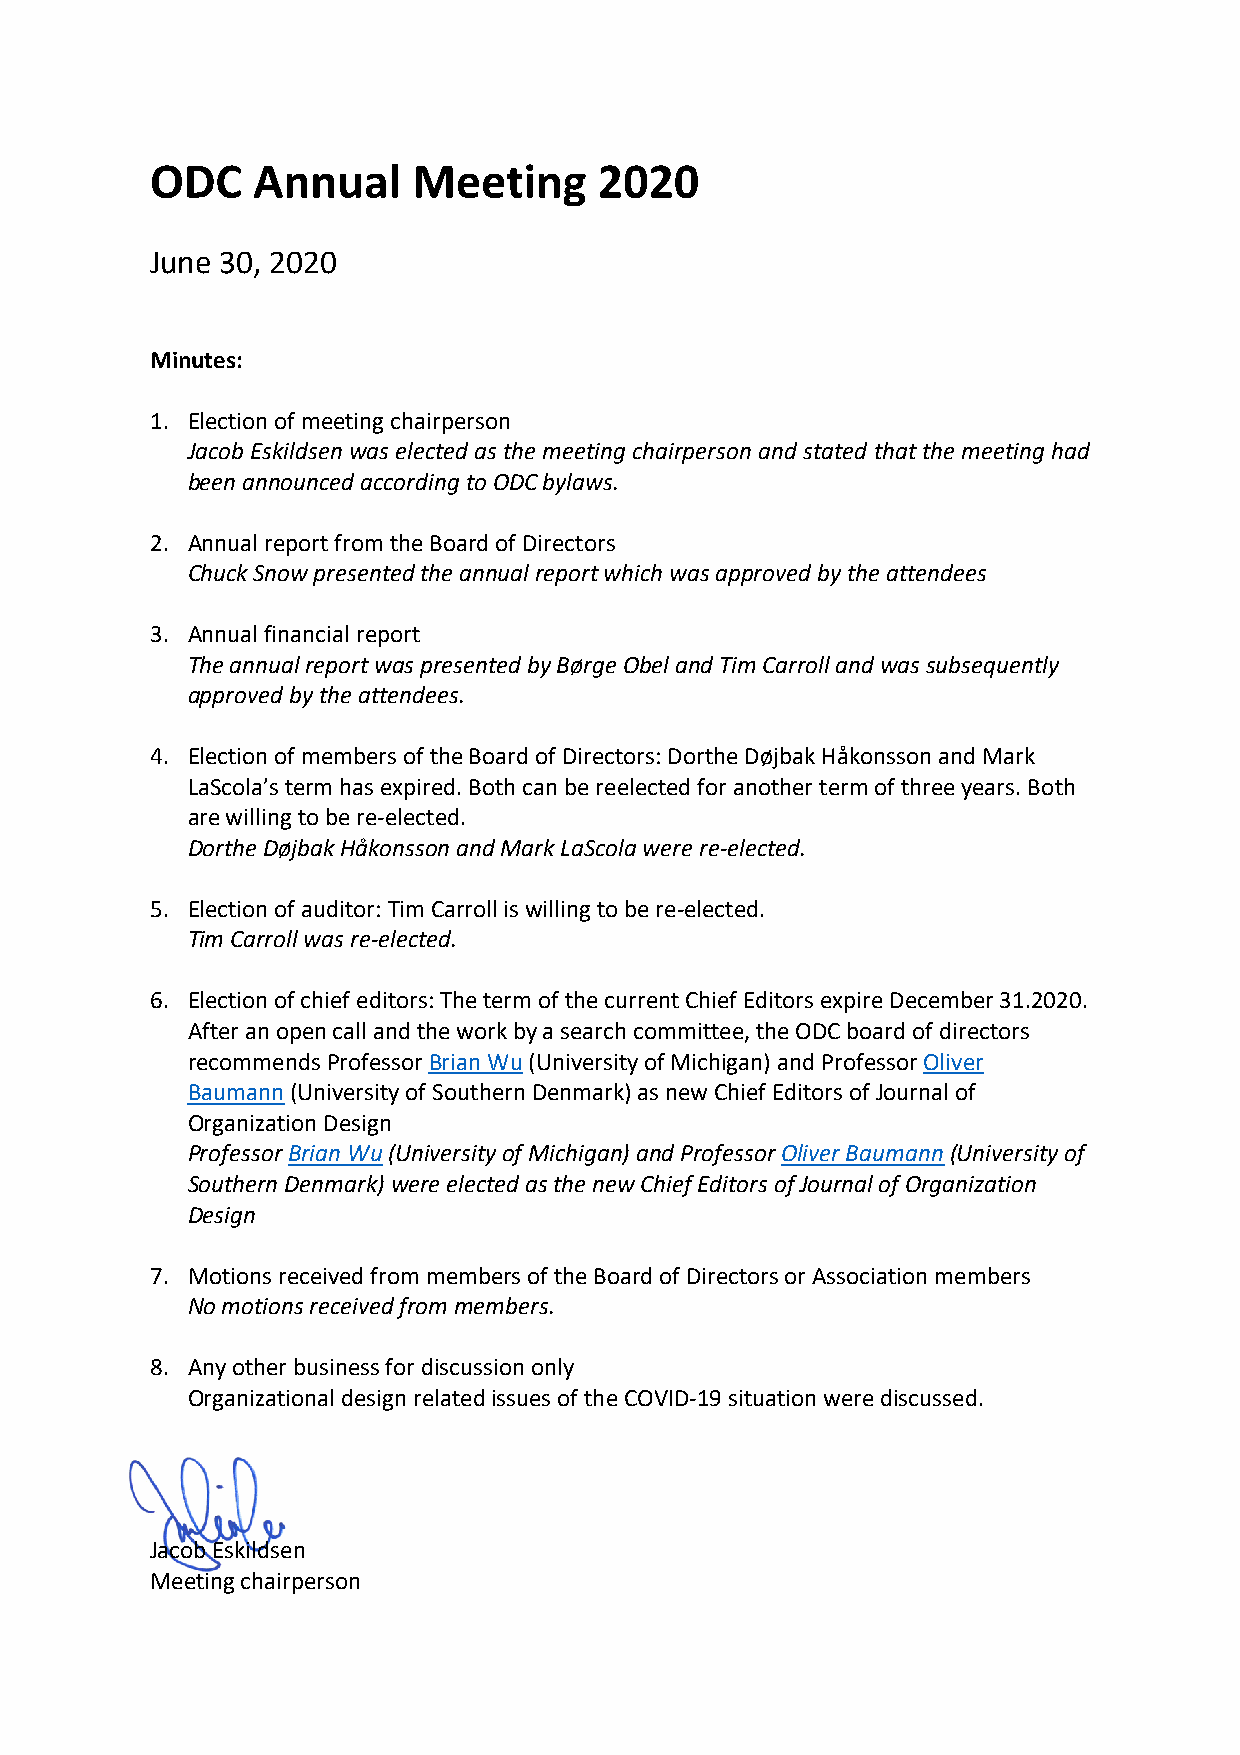
ODC    Annual    Meeting      2020
 June 30, 2020
 Minutes:
 1. Election of meeting chairperson
 Jacob Eskildsen was elected as the meeting chairperson and stated that the meeting had
 been announced according to ODC bylaws.
 2. Annual report from the Board of Directors
 Chuck Snow presented the annual report which was approved by the attendees
 3. Annual financial report
 The annual report was presented by Børge Obel and Tim Carroll and was subsequently
 approved by the attendees.
 4. Election of members of the Board of Directors: Dorthe Døjbak Håkonsson and Mark
 LaScola’s term has expired. Both can be reelected for another term of three years. Both
 are willing to be re-elected.
 Dorthe Døjbak Håkonsson and Mark LaScola were re-elected.
 5. Election of auditor: Tim Carroll is willing to be re-elected.
 Tim Carroll was re-elected.
 6. Election of chief editors: The term of the current Chief Editors expire December 31.2020.
 After an open call and the work by a search committee, the ODC board of directors
 recommends Professor Brian Wu (University of Michigan) and Professor Oliver
 Baumann (University of Southern Denmark) as new Chief Editors of Journal of
 Organization Design
 Professor Brian Wu (University of Michigan) and Professor Oliver Baumann (University of
 Southern Denmark) were elected as the new Chief Editors of Journal of Organization
 Design
 7. Motions received from members of the Board of Directors or Association members
 No motions received from members.
 8. Any other business for discussion only
 Organizational design related issues of the COVID-19 situation were discussed.
 Jacob Eskildsen
 Meeting chairperson